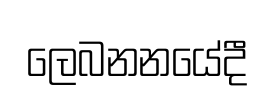
ලෙබනනයේදී